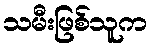
သမီးဖြစ်သူက